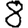
Digit: 8